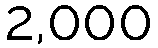
2,000